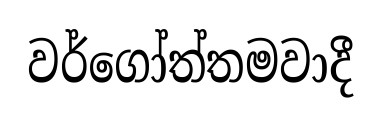
වර්ගෝත්තමවාදී